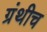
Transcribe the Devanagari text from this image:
ग्रंथीच